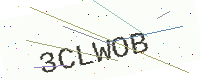
Text: 3CLWOB